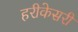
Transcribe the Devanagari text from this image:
हरीकेसरी